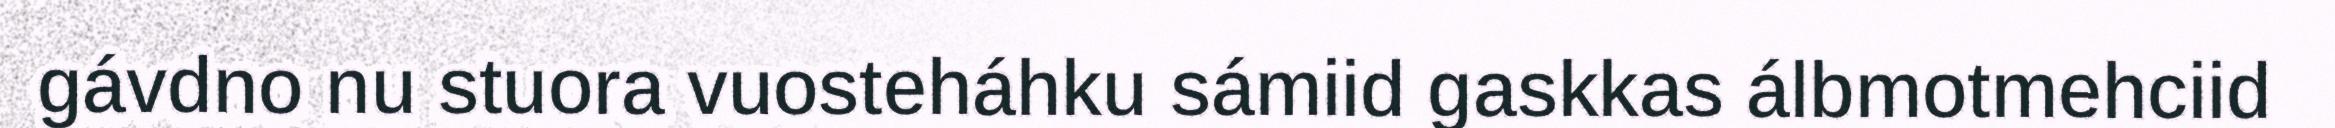
gávdno nu stuora vuosteháhku sámiid gaskkas álbmotmehciid